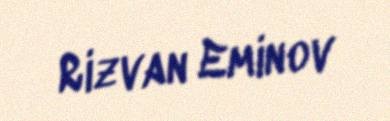
Rizvan Eminov